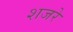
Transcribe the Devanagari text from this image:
शजरे